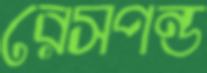
রেসপন্ড